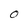
Character: O